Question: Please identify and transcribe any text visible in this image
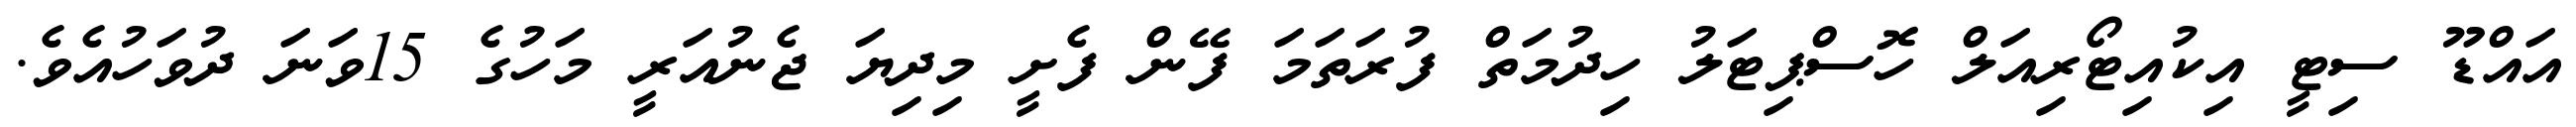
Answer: އައްޑޫ ސިޓީ އިކުއިޓޯރިއަލް ހޮސްޕިޓަލު ހިދުމަތް ފުރަތަމަ ފޭން ފެށީ މިދިޔަ ޖެނުއަރީ މަހުގެ 15ވަނަ ދުވަހުއެވެ.